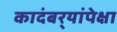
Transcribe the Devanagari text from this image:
कादंबर्‍यांपेक्षा